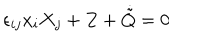
\epsilon _ { i j } x _ { i } X _ { j } + Z + \dot { \tilde { Q } } = 0